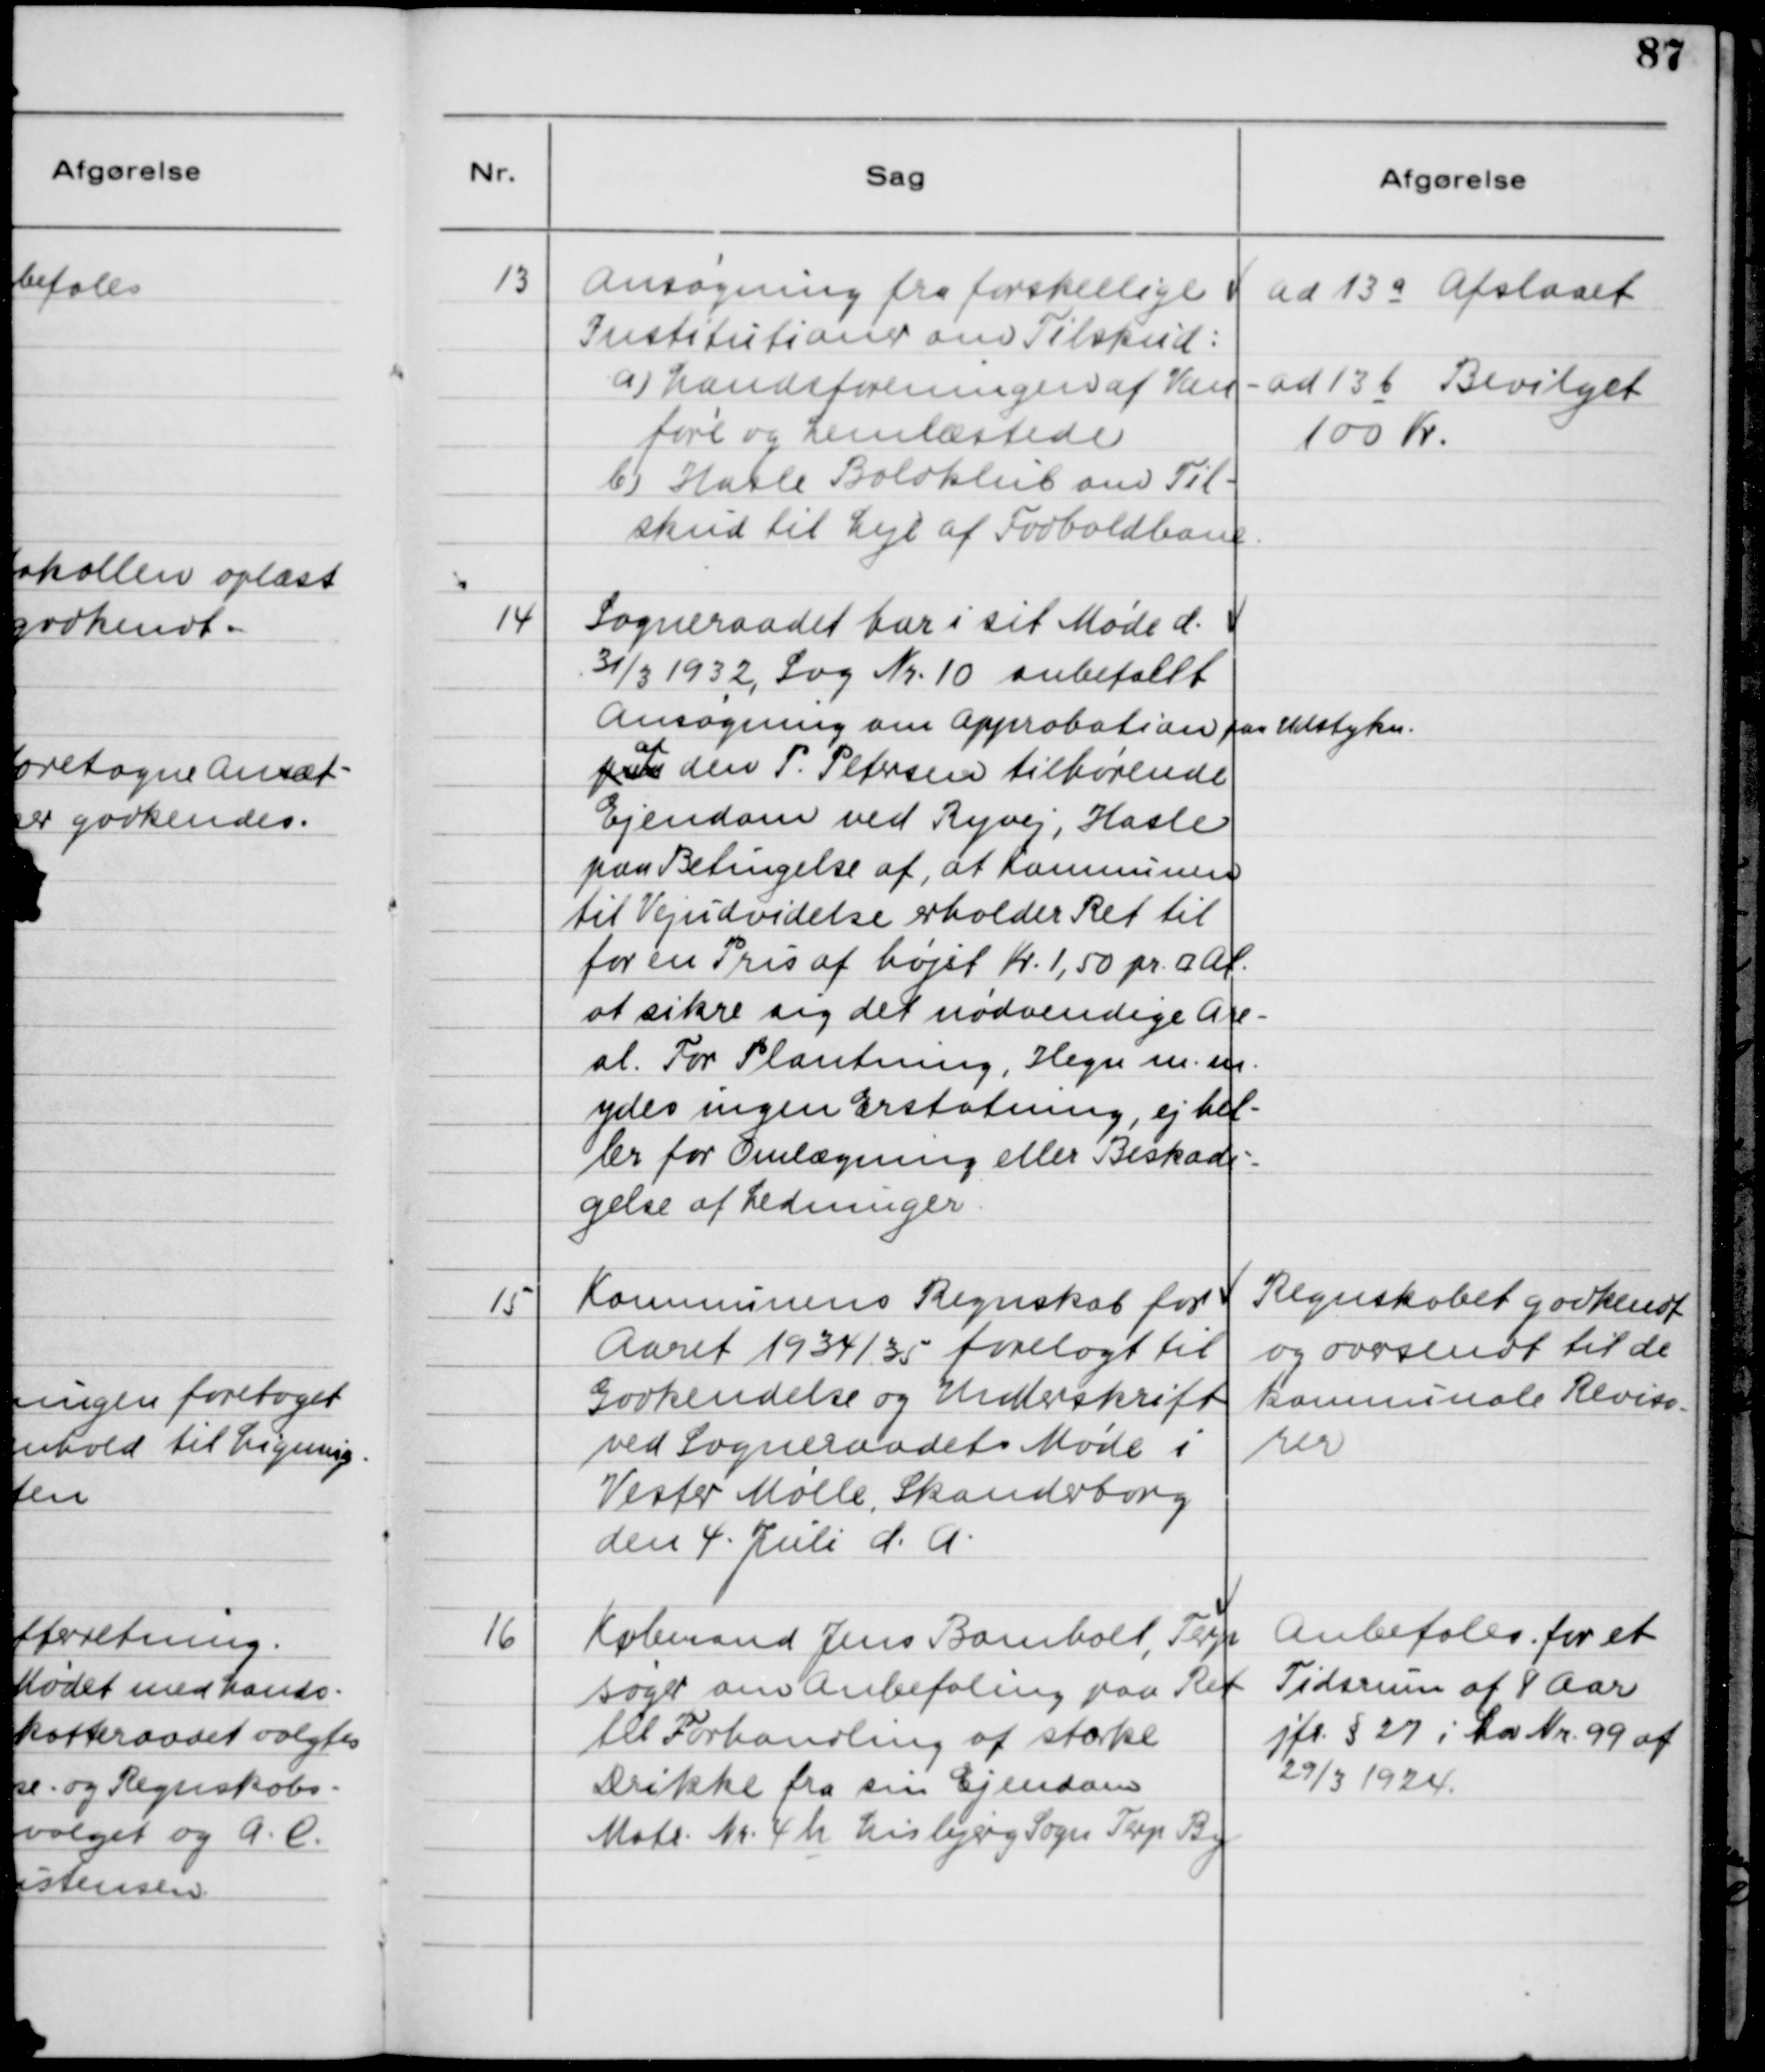
Transskription:
13

Ansøgning fra forskellige 
Institutioner om Tilskud:
a) Landsforeningen af Van-
føre og Lemlæstede
b) Hasle Boldklub om Til-
skud til Leje af Foldboldbane.

ad 13 a Afslaaet
ad 13 b Bevilget 
100 Kr.

14

Sogneraadet har i sit Møde d. 
31/3 1932, Sag Nr. 10 anbefalet 
Ansøgning om Approbation paa Udstykn. 
paa af den P. Pedersen tilhørende 
Ejendom ved Ryvej, Hasle 
paa betingelse af, at Kommunen 
til Vejudvidelse erholder Ret til 
for en Pris af højst Kr. 1,50 pr. ⁥Al 
at sikre sig det nødvendine Are-
al. For Plantning, Hegn m.m. 
ydes ingen Erstatning, ej hel-
ler for Omlægning eller Beskadi-
gelse af Ledninger.

15

Kommunens Regnskab for 
Aaret 1934/35 forelagt til
Godkendelse og Underskrift 
ved Sogneraadets Møde i 
Vester Mølle, Skanderborg 
den 4. Juli d.A.

Regnskabet godkendt
og oversendt til de
kommunale Reviso-
rer.

16

Købmand Jens Bomholt, Terp
søger om Anbefaling paa Ret
til Forhandling af stærke
Drikke fra sin Ejendom
Matr. Nr. 4 h Lisbjerg Sogn, Terp By

Anbefales for et
Tidsrum af 8 Aar
jfr. § 27 i Lov Nr. 99 af
29/3 1924.